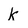
Character: k